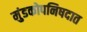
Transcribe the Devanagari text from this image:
मुंडकोपनिषदात